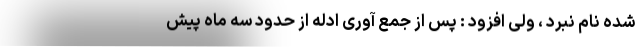
شده نام نبرد ، ولی افزود : پس از جمع آوری ادله از حدود سه ماه پیش